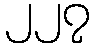
၂၂၇